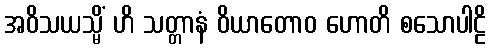
အဝိသယသ္မိံ ဟိ သတ္တာနံ ဝိယာတောဝ ဟောတိ စသောပါဠိ